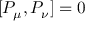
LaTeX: ~ [ P _ { \mu } , P _ { \nu } ] = 0